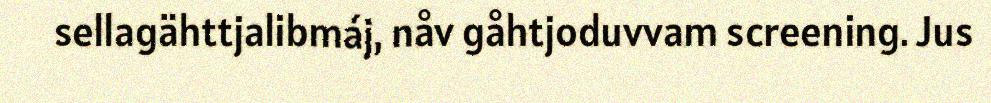
sellagähttjalibmáj, nåv gåhtjoduvvam screening. Jus